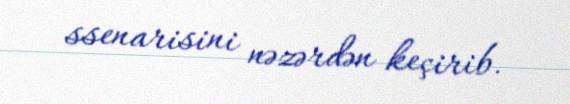
ssenarisini nəzərdən keçirib.